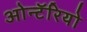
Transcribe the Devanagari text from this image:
ओन्टॅरियो